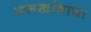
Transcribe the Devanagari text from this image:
मलखांबाचा